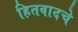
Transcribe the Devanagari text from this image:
हितवादचे